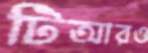
টিআরও